King Institute of Preventive Medicine Bacteriolog. Section reports 1907-08
Year: 1907
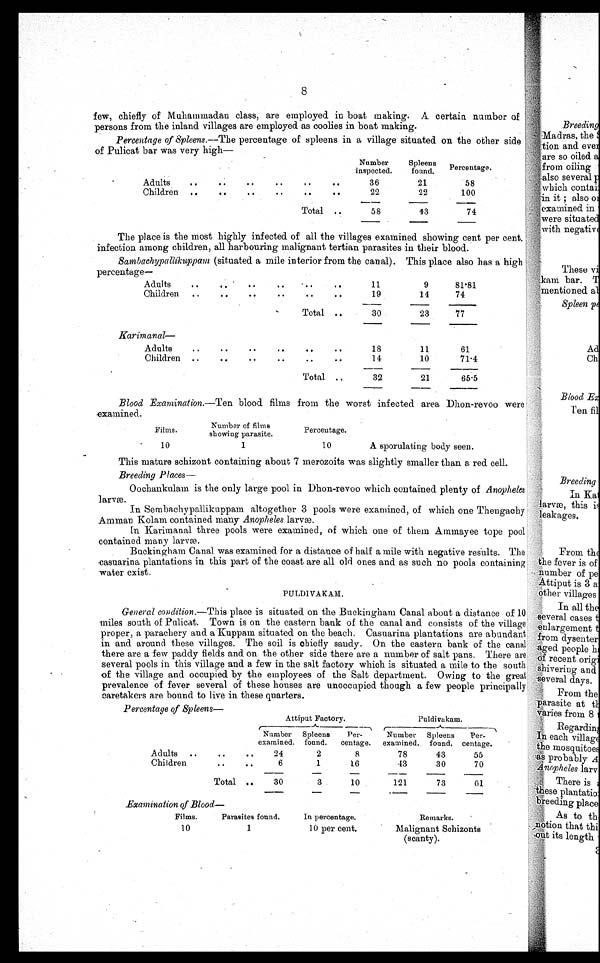
8
few, chiefly of Muhammadan class, are employed in boat making. A certain number of
persons from the inland villages are employed as coolies in boat making.
Percentage of Spleens.— The percentage of spleens in a village situated on the other side
of Pulicat bar was very high—
Number
inspected.
Spleens
found.
percentage.
Adults
. .
..
..
4 .
..
.
.
36
21
58
Children ..
..
6 .
. f
.
.
. .
22
22
100
Total ..
58
43
74
The place is the most highly infected of all the villages examined showing cent per cent.
infection among children, all harbouring malignant tertian parasites in their blood.
Sambachypallikuppam (situated a mile interior from the canal). This place also has a high
percentage—
Adults
..
.. .
..
. 4
.
.
.
..
11
9
81.81
Children
..
. .
4 .
. .
..
, .
19
14
74
Total ..
30
23
77
Karimanal—
Adults
. a
.
.
.
.
. .
.
.
.
4
18
11
61
Children ..
..
..
..
.
0
.
.
14
10
71.4
Total ..
32
21
65.5
Blood Examination. —Ten blood films from the worst infected area Dhon-revoo were
examined.
Films.
Number of films
showing parasite.
Percentage.
10
1
10
A sporulating body seen.
This mature schizont containing about 7 merozoits was slightly smaller than a red cell.
Breeding Places
—
Oochankulam is the only large pool in Dhon-revoo which contained plenty of Anopheles
larvæ.
In Sembachypallikuppam altogether 3 pools were examined, of which one Thengachy
Amman Kolam contained many Anopheles larvæ.
In Karimanal three pools were examined, of which one of them Ammayee tope pool
contained many larvæ.
Buckingham Canal was examined for a distance of half a mile with negative results. The
casuarina plantations in this part of the coast are all old ones and as such no pools containing
water exist.
PULDIVAKAM.
General con dition.—This place is situated on the Buckingham Canal about a distance of 10
miles south of Palicat. Town is on the eastern bank of the canal and consists of the village
proper, a parachery and a Kuppain situated on the beach. Casuarina plantations are abundant
in and around these villages. The soil is chiefly sandy. On the eastern bank of the canal
there are a few paddy fields and on the other side there are a number of salt pans. There are
several pools in this village and a few in the salt factory which is situated a mile to the south
of the village and occupied by the employees of the Salt department. Owing to the great
prevalence of fever several of these houses are unoccupied though a few people principally
caretakers are bound to live in these quarters.
Percentage of Spleens—
Attiput Factory.
Puldivakam.
Number
examined.
Spleens
found.
Per-
centage.
Number
examined.
Spleens
found.
Per-
centage.
Adults ..
. .
.
.
24
2
8
78
43
55
Children
. .
..
6
1
16
43
30
70
Total ..
30
3
10
121
73
61
Examination of Blood—
Films.
Parasites found.
In percentage.
Remarks.
10
1
10 per cent.
Malignant Schizonts
(scanty).